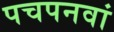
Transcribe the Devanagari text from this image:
पचपनवां